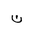
Letter: _non